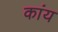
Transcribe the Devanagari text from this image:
कांय